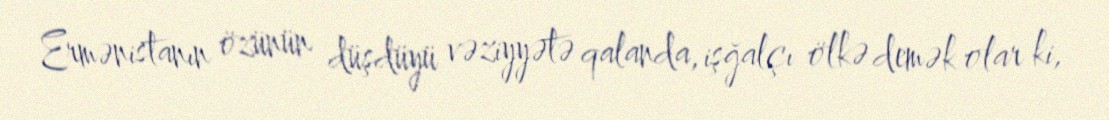
Ermənistanın özünün düşdüyü vəziyyətə qalanda, işğalçı ölkə demək olar ki,